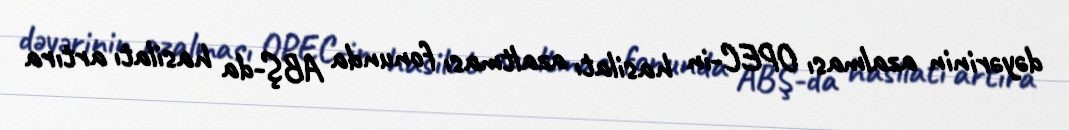
dəyərinin azalması OPEC-in hasilatı azaltması fonunda ABŞ-da hasilatı artıra